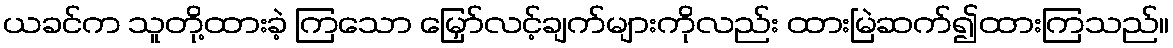
ယခင်က သူတို့ထားခဲ့ ကြသော မြှော်လင့်ချက်များကိုလည်း ထားမြဲဆက်၍ထားကြသည်။